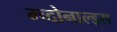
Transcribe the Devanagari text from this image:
म्च्दोनाल्ड्स